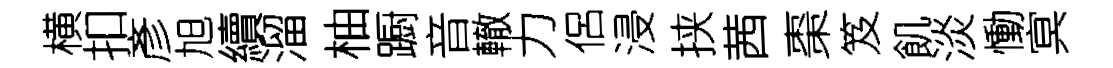
横扣彥旭續溜柚蹰音轍力侶浸挟茜棗笈飢淡慟㝠